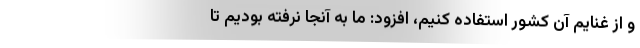
و از غنایم آن کشور استفاده کنیم، افزود: ما به آنجا نرفته بودیم تا